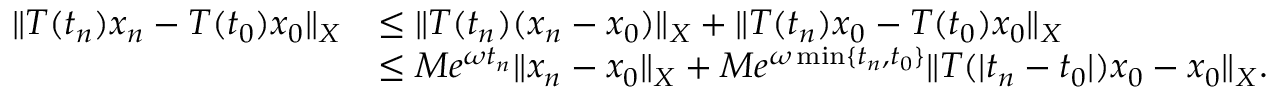
\begin{array} { r l } { \| T ( t _ { n } ) x _ { n } - T ( t _ { 0 } ) x _ { 0 } \| _ { X } } & { \leq \| T ( t _ { n } ) ( x _ { n } - x _ { 0 } ) \| _ { X } + \| T ( t _ { n } ) x _ { 0 } - T ( t _ { 0 } ) x _ { 0 } \| _ { X } } \\ & { \leq M e ^ { \omega t _ { n } } \| x _ { n } - x _ { 0 } \| _ { X } + M e ^ { \omega \operatorname* { m i n } \{ t _ { n } , t _ { 0 } \} } \| T ( \vert t _ { n } - t _ { 0 } \vert ) x _ { 0 } - x _ { 0 } \| _ { X } . } \end{array}